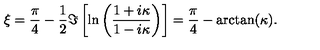
\xi = { \frac { \pi } { 4 } } - { \frac { 1 } { 2 } } \Im \left[ \ln \left( { \frac { 1 + i \kappa } { 1 - i \kappa } } \right) \right] = { \frac { \pi } { 4 } } - \arctan ( \kappa ) .